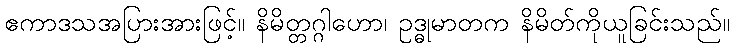
ဧကာဒသအပြားအားဖြင့်။ နိမိတ္တဂ္ဂါဟော၊ ဥဒ္ဓုမာတက နိမိတ်ကိုယူခြင်းသည်။